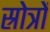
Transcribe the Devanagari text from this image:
स्रोत्रों